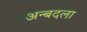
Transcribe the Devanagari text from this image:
अन्बदला